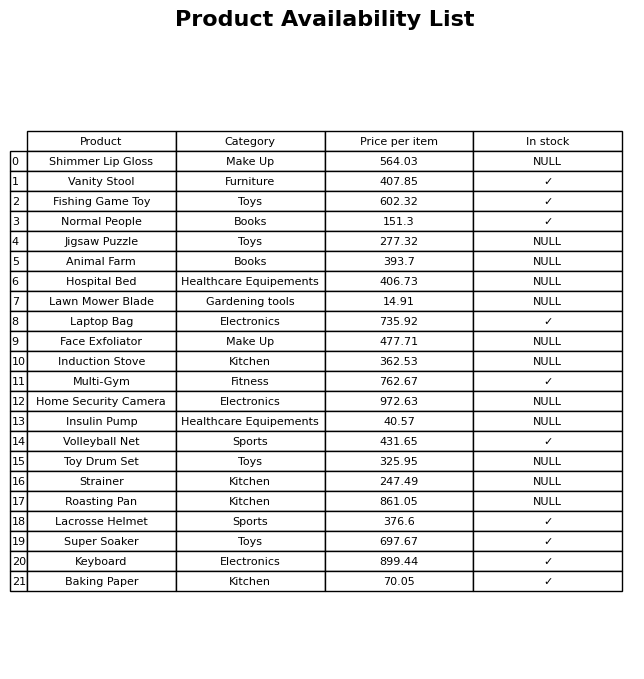
question: Which products are currently out of stock?
answer: Shimmer Lip Gloss, Jigsaw Puzzle, Animal Farm, Hospital Bed, Lawn Mower Blade, Face Exfoliator, Induction Stove, Home Security Camera, Insulin Pump, Toy Drum Set, Strainer, Roasting Pan